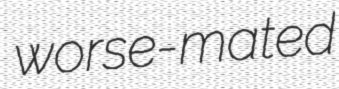
worse-mated